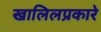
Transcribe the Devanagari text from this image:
खालिलप्रकारे